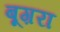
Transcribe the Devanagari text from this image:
बूग़रा